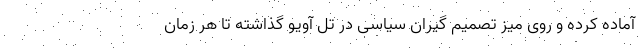
آماده کرده و روی میز تصمیم گیران سیاسی در تل آویو گذاشته تا هر زمان